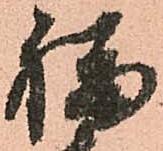
福